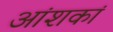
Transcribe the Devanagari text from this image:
आंशकां